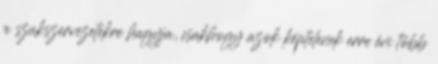
a szakszervezetekre hagyja, csakhogy azok képtelenek erre évi több